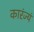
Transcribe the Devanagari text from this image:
कारंज्यं